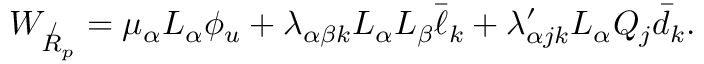
W _ { \not R _ { p } } = \mu _ { \alpha } L _ { \alpha } \phi _ { u } + \lambda _ { \alpha \beta k } L _ { \alpha } L _ { \beta } \bar { \ell } _ { k } + \lambda _ { \alpha j k } ^ { \prime } L _ { \alpha } Q _ { j } \bar { d } _ { k } .